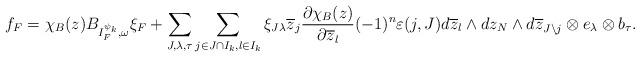
LaTeX: \begin{align*} f_F=\chi_B(z)B_{I_F^{\psi_k},\omega}\xi_F+\sum_{J,\lambda,\tau}\sum_{j\in J\cap I_k,l\in I_k} \xi_{J\lambda}\overline{z}_j\frac{\partial\chi_B(z)}{\partial\overline{z}_l}(-1)^n\varepsilon(j,J)d\overline{z}_l\wedge dz_N\wedge d\overline{z}_{J\setminus j}\otimes e_\lambda\otimes b_\tau. \end{align*}